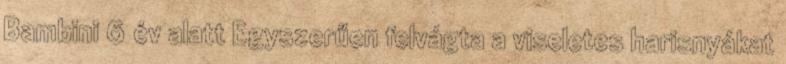
Bambini 6 év alatt Egyszerűen felvágta a viseletes harisnyákat